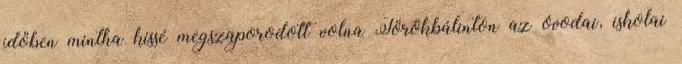
időben mintha kissé megszaporodott volna Törökbálinton az óvodai, iskolai